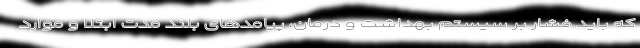
که باید فشار بر سیستم بهداشت و درمان، پیامدهای بلند مدت ابتلا و موارد